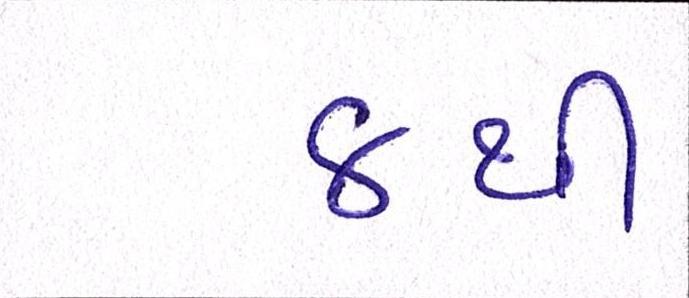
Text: ૪થી